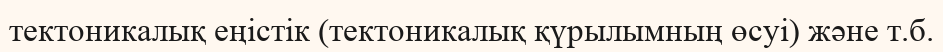
тектоникалық еңістік (тектоникалық қүрылымның өсуі) және т.б.